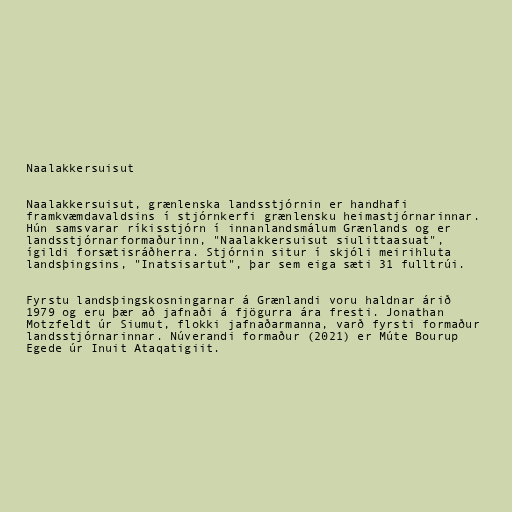
Naalakkersuisut

Naalakkersuisut, grænlenska landsstjórnin er handhafi
framkvæmdavaldsins í stjórnkerfi grænlensku heimastjórnarinnar.
Hún samsvarar ríkisstjórn í innanlandsmálum Grænlands og er
landsstjórnarformaðurinn, "Naalakkersuisut siulittaasuat",
ígildi forsætisráðherra. Stjórnin situr í skjóli meirihluta
landsþingsins, "Inatsisartut", þar sem eiga sæti 31 fulltrúi.

Fyrstu landsþingskosningarnar á Grænlandi voru haldnar árið
1979 og eru þær að jafnaði á fjögurra ára fresti. Jonathan
Motzfeldt úr Siumut, flokki jafnaðarmanna, varð fyrsti formaður
landsstjórnarinnar. Núverandi formaður (2021) er Múte Bourup
Egede úr Inuit Ataqatigiit.